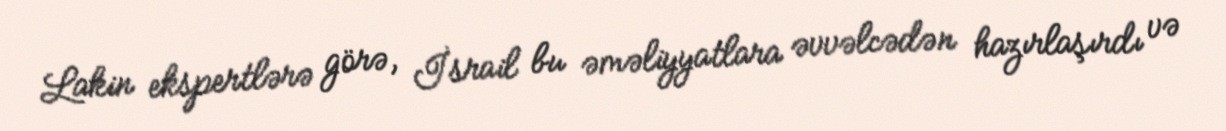
Lakin ekspertlərə görə, İsrail bu əməliyyatlara əvvəlcədən hazırlaşırdı və